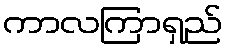
ကာလကြာရှည်